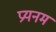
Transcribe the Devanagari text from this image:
प्रयनम